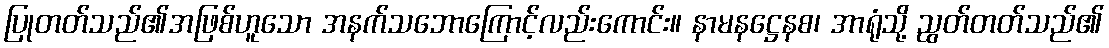
ပြုတတ်သည်၏အဖြစ်ဟူသော အနက်သဘောကြောင့်လည်းကောင်း။ နာမနဋ္ဌေနစ၊ အာရုံသို့ ညွတ်တတ်သည်၏